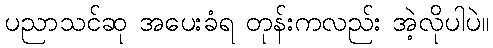
ပညာသင်ဆု အပေးခံရ တုန်းကလည်း အဲ့လိုပါပဲ။